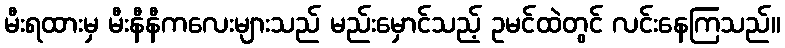
မီးရထားမှ မီးနီနီကလေးများသည် မည်းမှောင်သည့် ဥမင်ထဲတွင် လင်းနေကြသည်။